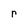
Character: r